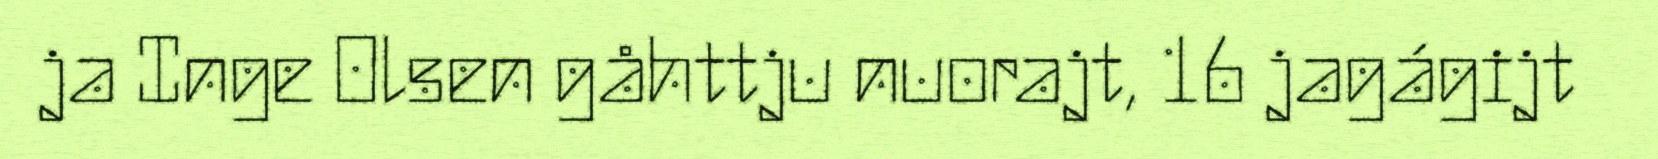
ja Inge Olsen gåhttju nuorajt, 16 jagágijt